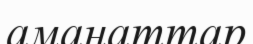
аманаттар